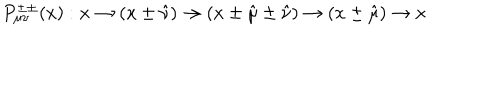
LaTeX: P _ { \mu \nu } ^ { \pm \pm } ( x ) : x \rightarrow ( x \pm \hat { \nu } ) \rightarrow ( x \pm \hat { \mu } \pm \hat { \nu } ) \rightarrow ( x \pm \hat { \mu } ) \rightarrow x